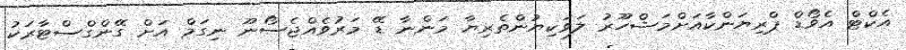
އެކްޓްް އެވޯޑް ޕްރިޔަންކާއަށްމަޝްހޫރު ލަވަކިޔުންތެރިޔާ މަންނާ ޑޭ މަރުވެއްޖެސޯނޫ ނިގަމް އަށް ގޭންގްސްޓާރަކު